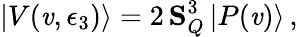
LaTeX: |V(\mathit{v},\epsilon_{3})\rangle=2\, {\mathbf{S}}_{Q}^{3}\, |P(\mathit{v})\rangle\, ,